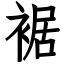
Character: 裾